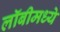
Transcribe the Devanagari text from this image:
लॉबीमध्ये